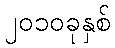
၂၀၁၀ခုနှစ်